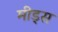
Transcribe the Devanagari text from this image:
मीड्स